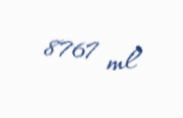
8767 ml